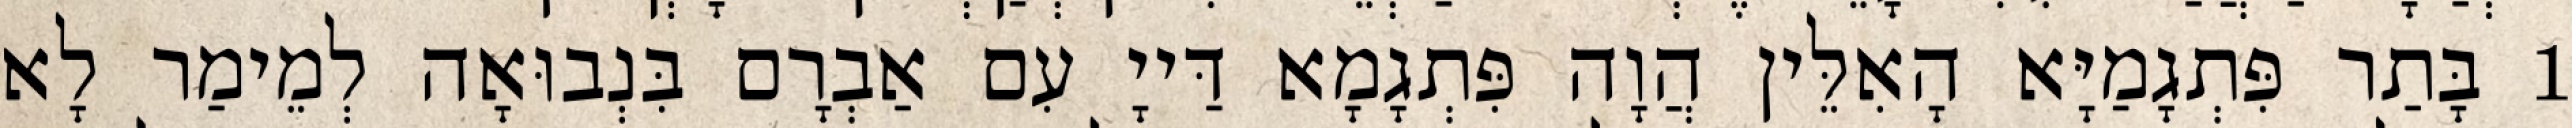
1 בָּתַר פִּתְגָמַיָּא הָאִלֵּין הֲוָה פִּתְגָמָא דַּייָ עִם אַבְרָם בִּנְבוּאָה לְמֵימַר לָא